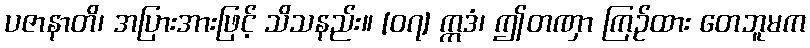
ပဇာနာတိ၊ အပြားအားဖြင့် သိသနည်း။ [၀၇] ဣဒံ၊ ဤတဏှာ ကြဉ်ထား တေဘူမက